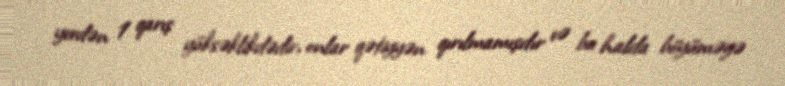
yerdən 1 qarış yüksəklikdədir, onlar qətiyyən qırılmamışdır və bu halda böyüməyə